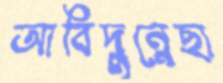
আবিদুন্নেছা